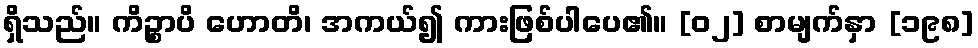
ရှိသည်။ ကိဉ္စာပိ ဟောတိ၊ အကယ်၍ ကားဖြစ်ပါပေ၏။ [၀၂] စာမျက်နှာ [၁၉၈]